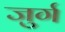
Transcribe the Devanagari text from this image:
जुर्ग